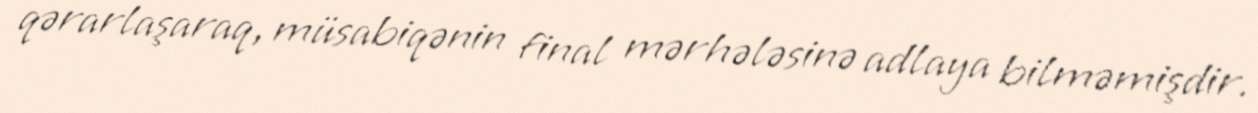
qərarlaşaraq, müsabiqənin final mərhələsinə adlaya bilməmişdir.